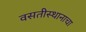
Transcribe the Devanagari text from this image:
वसतीस्थानाचा